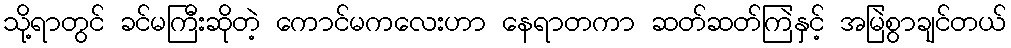
သို့ရာတွင် ခင်မကြီးဆိုတဲ့ ကောင်မကလေးဟာ နေရာတကာ ဆတ်ဆတ်ကြဲနှင့် အမြဲစွာချင်တယ်